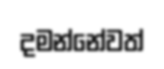
දමන්නේවත්